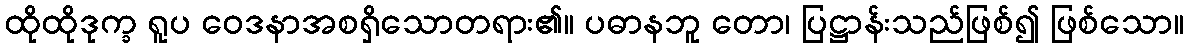
ထိုထိုဒုက္ခ ရူပ ဝေဒနာအစရှိသောတရား၏။ ပဓာနဘူ တော၊ ပြဋ္ဌာန်းသည်ဖြစ်၍ ဖြစ်သော။